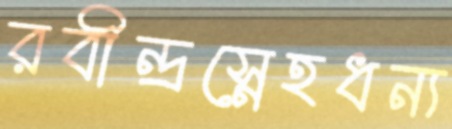
রবীন্দ্রস্নেহধন্য